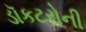
ડૉકટરોની